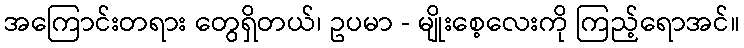
အကြောင်းတရား တွေရှိတယ်၊ ဥပမာ - မျိုးစေ့လေးကို ကြည့်ရောအင်။